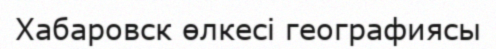
Хабаровск өлкесі географиясы